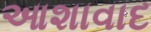
આશાવાદ